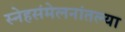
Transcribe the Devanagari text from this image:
स्नेहसंमेलनांतल्या